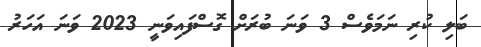
ބަލި ކުރި ނަމަވެސް 3 ވަނަ ބުރަށް ގޮސްފައިވަނީ 2023 ވަނަ އަހަރު